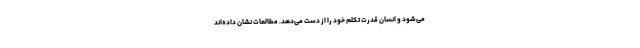
می‌شود و انسان قدرت تکلم خود را از دست می‌دهد. مطالعات نشان داده‌اند